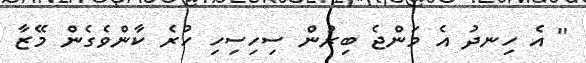
'' އެ ހިނދު އެ މަންޖެ ބިރުން ސިހިސިހި ހުރެ ކާންވެގެން މޭޒާ